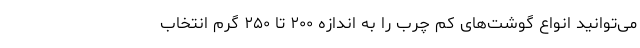
می‌توانید انواع گوشت‌های کم چرب را به اندازه ۲۰۰ تا ۲۵۰ گرم انتخاب